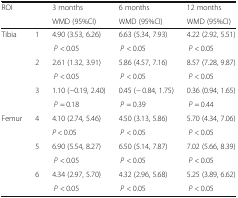
| <ROWSPAN=2-COLSPAN=2> ROI | 3 months | 6 months | 12 months |
 | WMD (95%CI) | WMD (95%CI) | WMD (95%CI) |
 | --- | --- | --- | --- | --- |
 | <ROWSPAN=6> Tibia | <ROWSPAN=2> 1 | 4.90 (3.53, 6.26) | 6.63 (5.34, 7.93) | 4.22 (2.92, 5.51) |
 | P < 0.05 | P < 0.05 | P < 0.05 |
 | <ROWSPAN=2> 2 | 2.61 (1.32, 3.91) | 5.86 (4.57, 7.16) | 8.57 (7.28, 9.87) |
 | P < 0.05 | P < 0.05 | P < 0.05 |
 | <ROWSPAN=2> 3 | 1.10 (−0.19, 2.40) | 0.45 (− 0.84, 1.75) | 0.36 (0.94, 1.65) |
 | P = 0.18 | P = 0.39 | P = 0.44 |
 | <ROWSPAN=6> Femur | <ROWSPAN=2> 4 | 4.10 (2.74, 5.46) | 4.50 (3.13, 5.86) | 5.70 (4.34, 7.06) |
 | P < 0.05 | P < 0.05 | P < 0.05 |
 | <ROWSPAN=2> 5 | 6.90 (5.54, 8.27) | 6.50 (5.14, 7.87) | 7.02 (5.66, 8.39) |
 | P < 0.05 | P < 0.05 | P < 0.05 |
 | <ROWSPAN=2> 6 | 4.34 (2.97, 5.70) | 4.32 (2.96, 5.68) | 5.25 (3.89, 6.62) |
 | P < 0.05 | P < 0.05 | P < 0.05 |